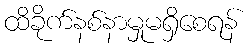
ထိခိုက်နစ်နာမှုမရှိစေရန်